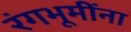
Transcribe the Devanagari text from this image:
रंगभूमींना